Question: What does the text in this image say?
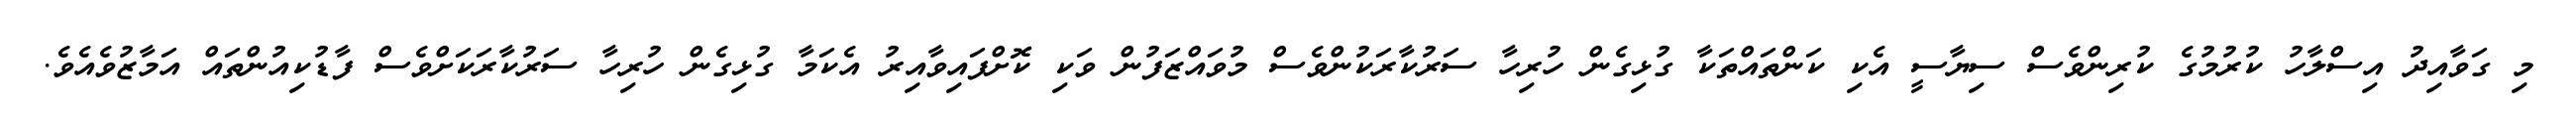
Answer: މި ގަވާއިދު އިސްލާހު ކުރުމުގެ ކުރިންވެސް ސިޔާސީ އެކި ކަންތައްތަކާ ގުޅިގެން ހުރިހާ ސަރުކާރަކުންވެސް މުވައްޒަފުން ވަކި ކޮށްފައިވާއިރު އެކަމާ ގުޅިގެން ހުރިހާ ސަރުކާރަކަށްވެސް ފާޑުކިއުންތައް އަމާޒުވެއެވެ.